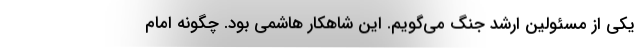
یکی از مسئولین ارشد جنگ می‌گویم. این شاهکار هاشمی بود. چگونه امام